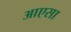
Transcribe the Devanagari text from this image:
आएसा